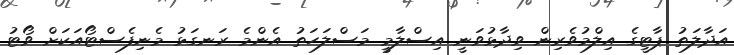
އަދާލަތު ޕާޓީގެ އިލްމުވެރިން ވިދާޅުވަނީ އިސްލާމީ މަސްލަހަތު އެންމެ ރަނގަޅު މެނިފެސްޓޯއަކަށް ވޯޓު